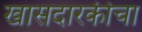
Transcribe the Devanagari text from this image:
खासदारकीचा